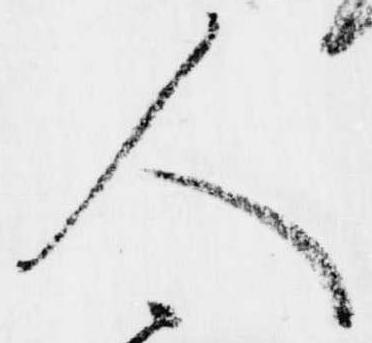
人